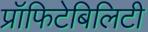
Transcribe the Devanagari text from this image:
प्रॉफिटेबिलिटी